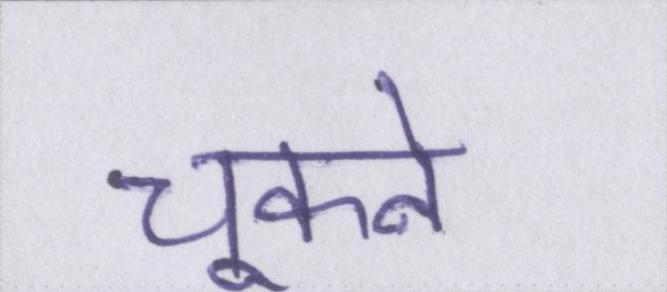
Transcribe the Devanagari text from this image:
चूकने